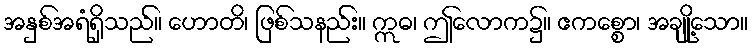
အနှစ်အရံရှိသည်။ ဟောတိ၊ ဖြစ်သနည်း။ ဣဓ၊ ဤလောက၌။ ဧကစ္စော၊ အချို့သော။